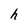
Character: h